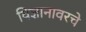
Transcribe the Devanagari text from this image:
विज्ञानावरचे